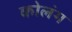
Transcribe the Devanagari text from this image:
कोलंग